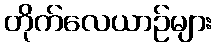
တိုက်လေယာဉ်များ